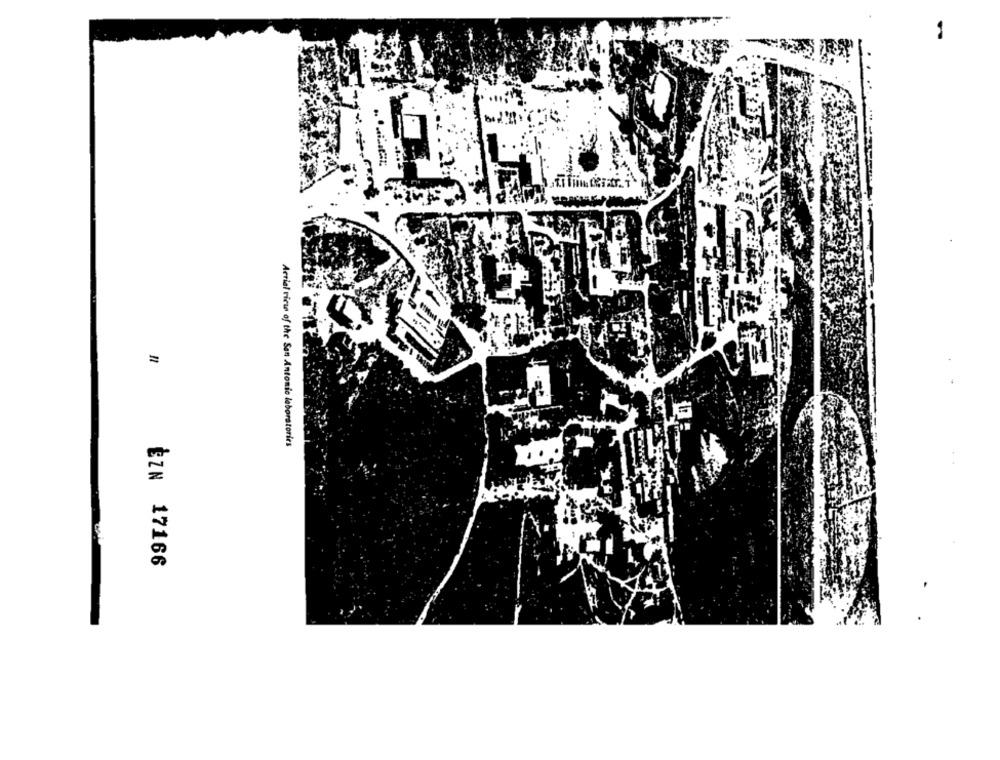
=
Aerial rice of the San Antonio laboratories
ŻZN 17166